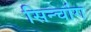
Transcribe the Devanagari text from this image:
सिन्चांग